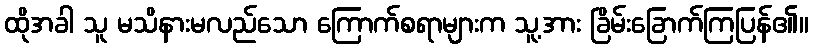
ထိုအခါ သူ မသိနားမလည်သော ကြောက်စရာများက သူ့အား ခြိမ်းခြောက်ကြပြန်၏။